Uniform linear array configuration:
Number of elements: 32
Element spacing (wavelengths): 0.25
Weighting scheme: hamming
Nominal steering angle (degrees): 0
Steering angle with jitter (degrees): -1.758
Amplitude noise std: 0.05
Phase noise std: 0.05

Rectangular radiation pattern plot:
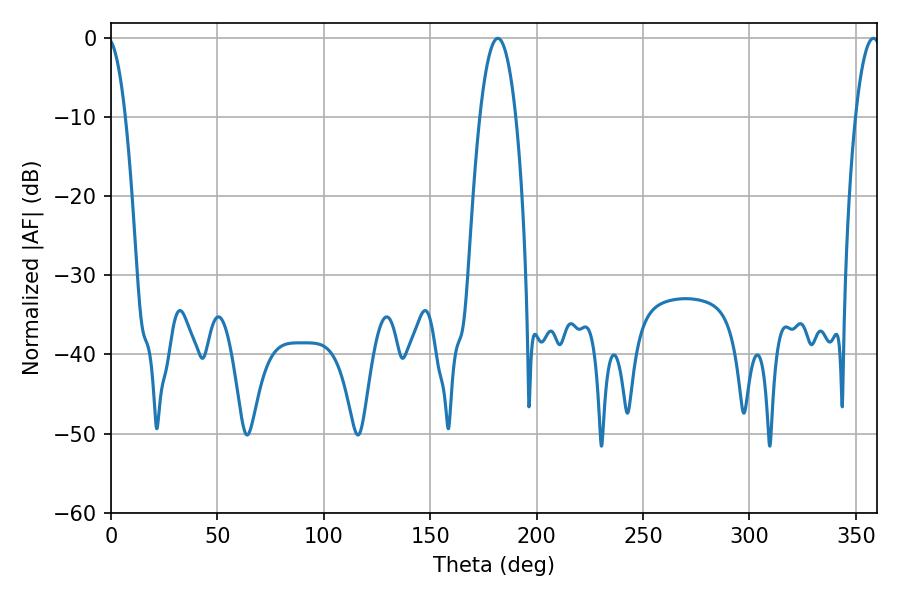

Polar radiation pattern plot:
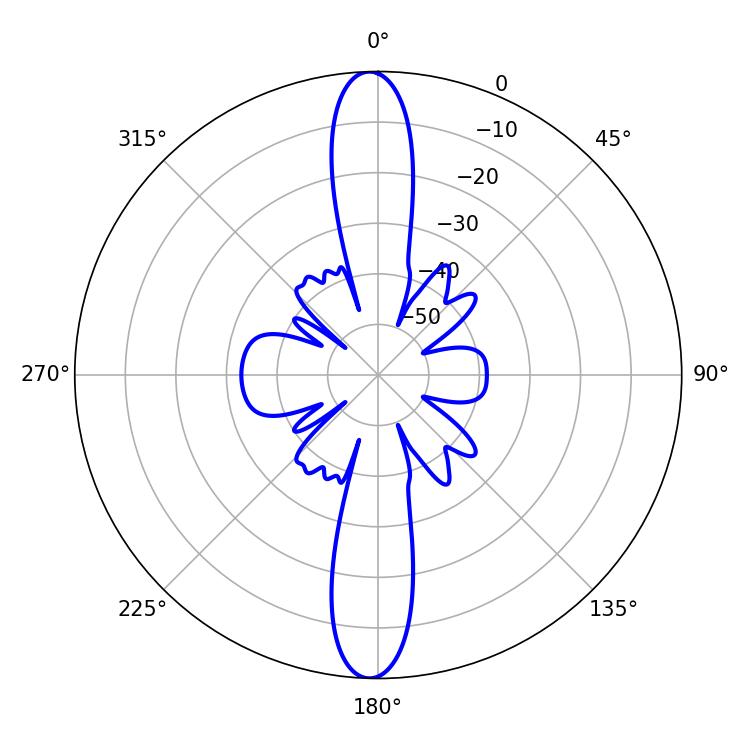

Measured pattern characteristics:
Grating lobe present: FALSE
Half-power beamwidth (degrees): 9.36
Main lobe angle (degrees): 181.8